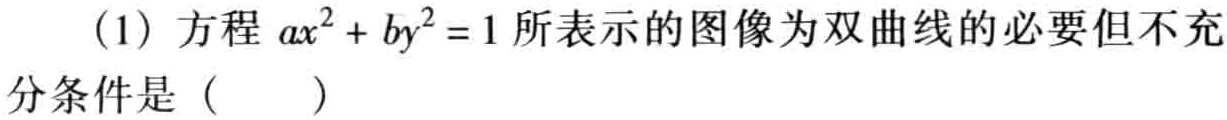
(1) 方程 \(ax^{2}+by^{2}=1\) 所表示的图像为双曲线的必要但不充

分条件是（  ）